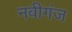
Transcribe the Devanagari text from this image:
नबीगंज